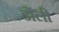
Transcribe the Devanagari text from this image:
डोंली